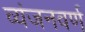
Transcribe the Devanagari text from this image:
व्यंजनवर्ण